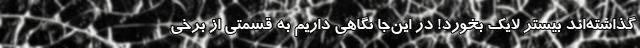
گذاشته‌اند بیشتر لایک بخورد! در این‌جا نگاهی داریم به قسمتی از برخی